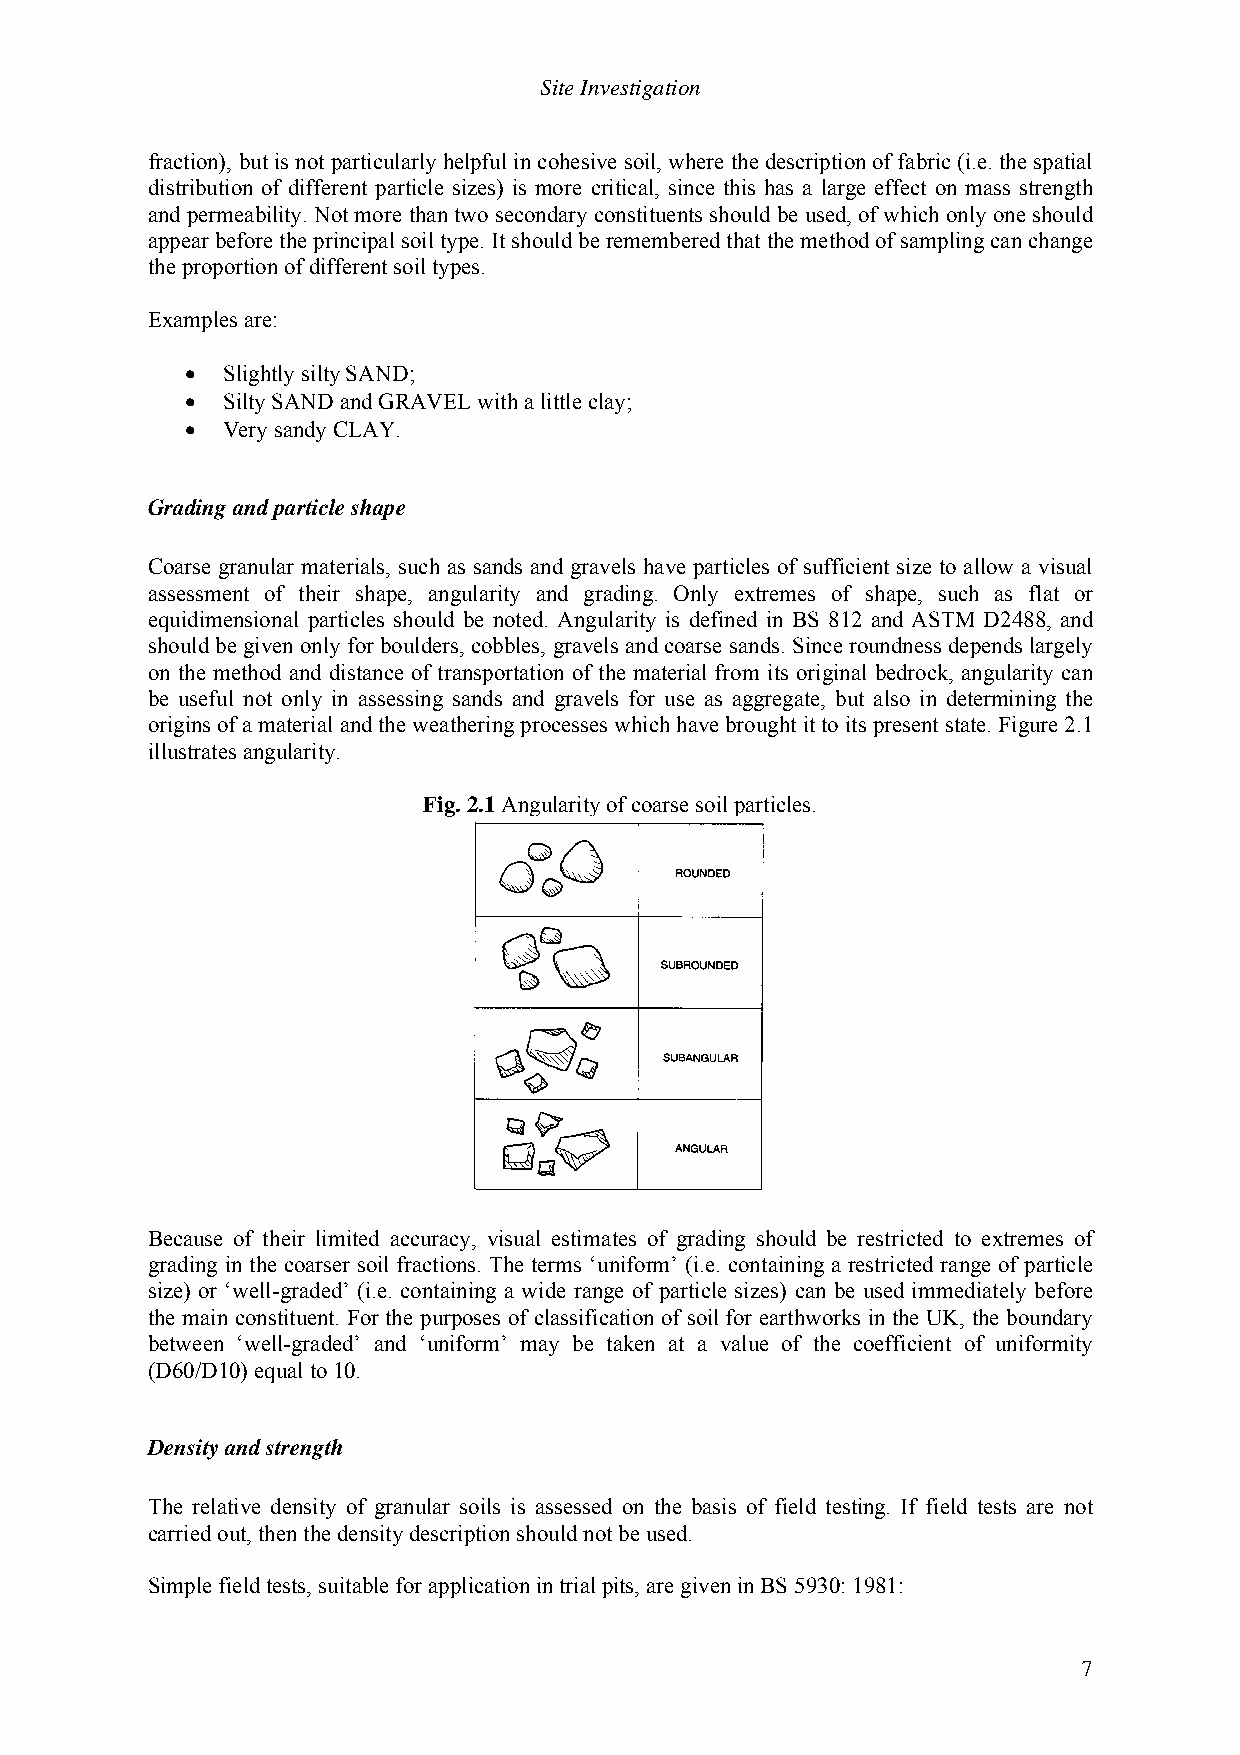
Site Investigation
 fraction), but is not particularly helpful in cohesive soil, where the description of fabric (i.e. the spatial
 distribution of different particle sizes) is more critical, since this has a large effect on mass strength
 and permeability. Not more than two secondary constituents should be used, of which only one should
 appear before the principal soil type. It should be remembered that the method of sampling can change
 the proportion of different soil types.
 Examples are:
 •  Slightly silty SAND;
 •  Silty SAND and GRAVEL with a little clay;
 •  Very sandy CLAY.
 Grading and particle shape
 Coarse granular materials, such as sands and gravels have particles of sufficient size to allow a visual
 assessment of their shape, angularity and grading. Only extremes of shape, such as flat or
 equidimensional particles should be noted. Angularity is defined in BS 812 and ASTM D2488, and
 should be given only for boulders, cobbles, gravels and coarse sands. Since roundness depends largely
 on the method and distance of transportation of the material from its original bedrock, angularity can
 be useful not only in assessing sands and gravels for use as aggregate, but also in determining the
 origins of a material and the weathering processes which have brought it to its present state. Figure 2.1
 illustrates angularity.
 Fig. 2.1 Angularity of coarse soil particles.
 Because of their limited accuracy, visual estimates of grading should be restricted to extremes of
 grading in the coarser soil fractions. The terms ‘uniform’ (i.e. containing a restricted range of particle
 size) or ‘well-graded’ (i.e. containing a wide range of particle sizes) can be used immediately before
 the main constituent. For the purposes of classification of soil for earthworks in the UK, the boundary
 between ‘well-graded’ and ‘uniform’ may be taken at a value of the coefficient of uniformity
 (D60/D10) equal to 10.
 Density and strength
 The relative density of granular soils is assessed on the basis of field testing. If field tests are not
 carried out, then the density description should not be used.
 Simple field tests, suitable for application in trial pits, are given in BS 5930: 1981:
 7